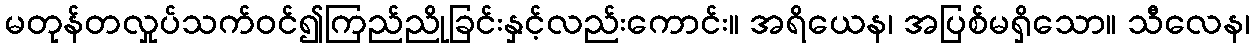
မတုန်တလှုပ်သက်ဝင်၍ကြည်ညိုခြင်းနှင့်လည်းကောင်း။ အရိယေန၊ အပြစ်မရှိသော။ သီလေန၊